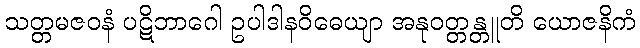
သတ္တမဇဝနံ ပဋိဘာဂေါ ဥပါဒါနဝိဓေယျာ အနုဝတ္တန္တူတိ ယောဇနိကံ